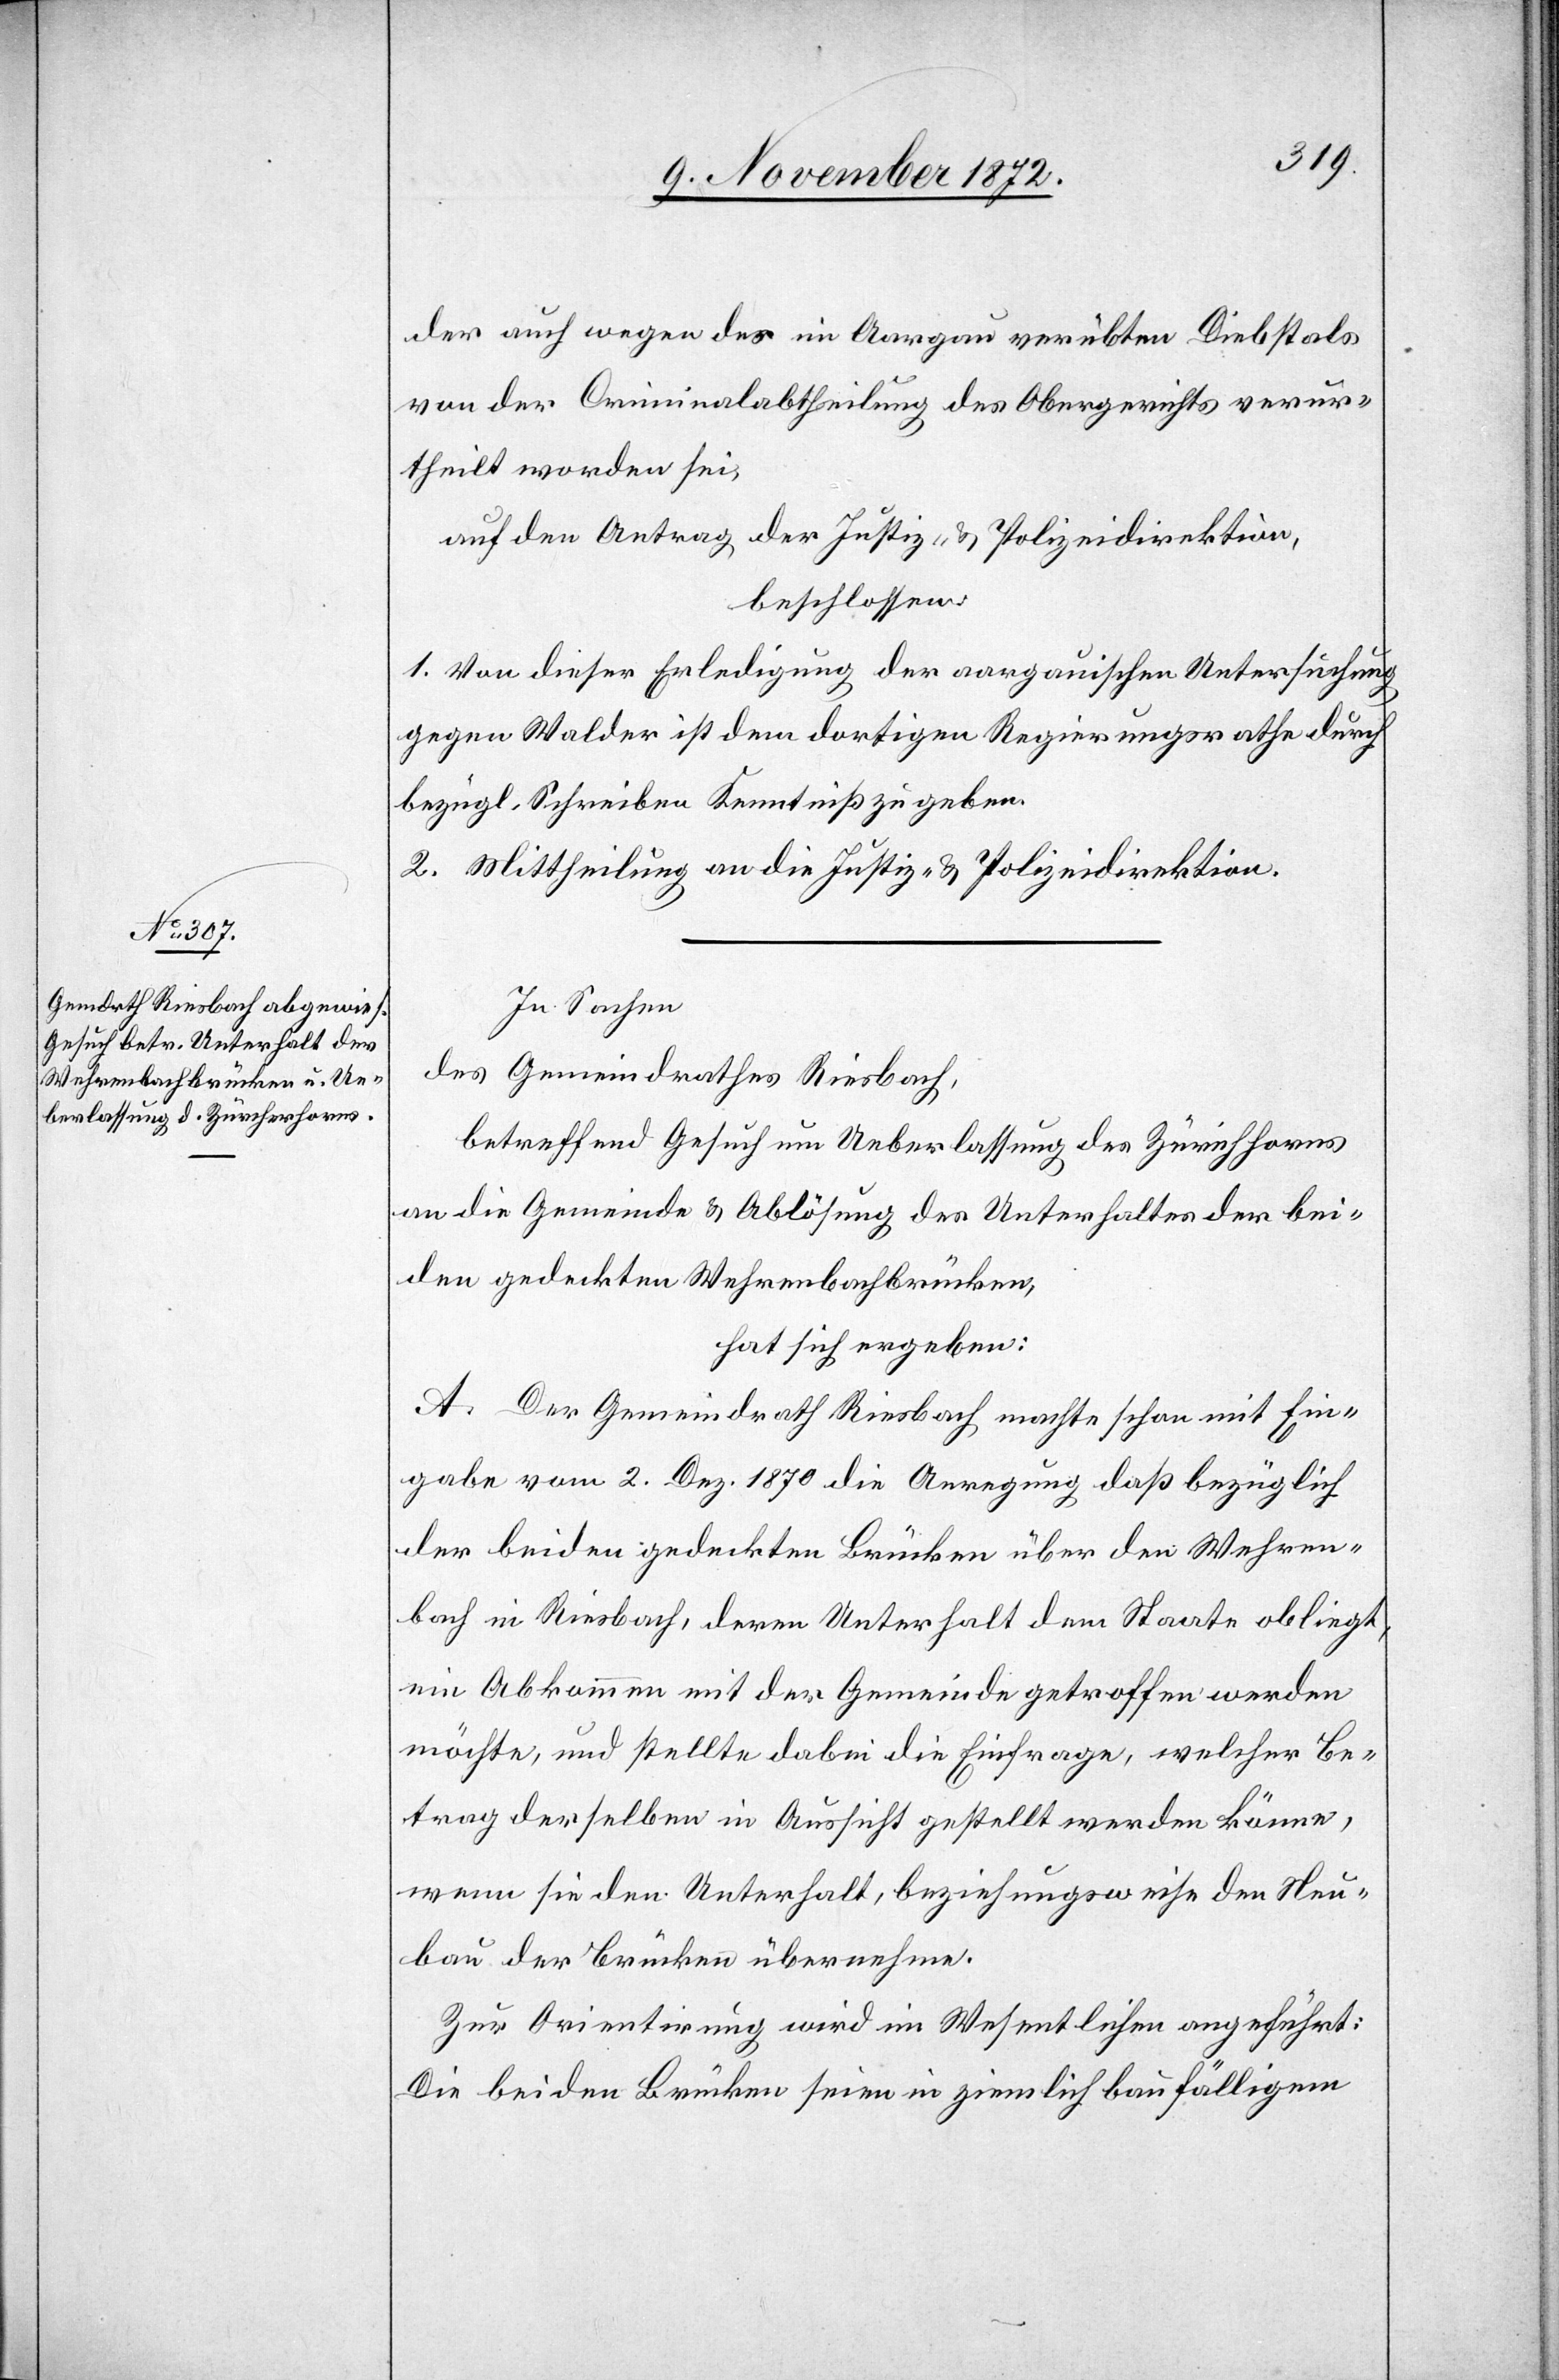
der auch wegen des im Aargau verübten Diebstals
von der Criminalabtheilung des Obergerichts verur¬
theilt worden sei,
auf den Antrag der Justiz- u. Polizeidirektion,
beschlossen:
1. Von dieser Erledigung der aargauischen Untersuchung
gegen Walder ist dem dortigen Regierungsrathe durch
bezügl. Schreiben Kenntniß zu geben.
2. Mittheilung an die Justiz- u. Polizeidirektion.
In Sachen
des Gemeindrathes Riesbach,
betreffend Gesuch um Ueberlassung des Zürichhorns
an die Gemeinde u. Ablösung des Unterhaltes der bei¬
den gedeckten Wehrenbachbrücken,
hat sich ergeben:
A. Der Gemeindrath Riesbach machte schon mit Ein¬
gabe vom 2. Dez. 1870 die Anregung daß bezüglich
der beiden gedeckten Brücken über den Wehren¬
bach in Riesbach, deren Unterhalt dem Staate obliegt,
ein Abkommen mit der Gemeinde getroffen werden
möchte, und stellte dabei die Einfrage, welcher Be¬
trag derselbe in Aussicht gestellt werden könne,
wenn sie den Unterhalt, beziehungsweise den Neu¬
bau der Brücken übernehme.
Zur Orientirung wird im Wesentlichen angeführt:
Die beiden Brücken seien in ziemlich baufälligem